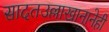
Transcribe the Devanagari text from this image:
सादतउल्लाखानानेही